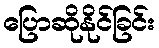
ပြောဆိုနိုင်ခြင်း